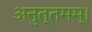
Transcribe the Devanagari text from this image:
अनुत्तमम्‌।